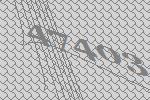
47403